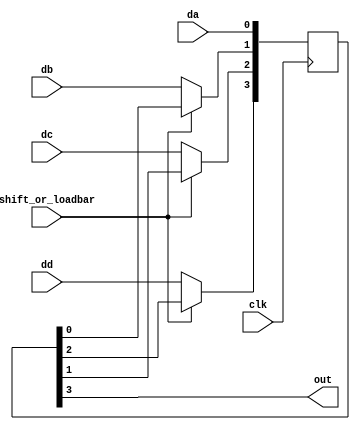
module parallel_in_serial_out(
    input clk,shift_or_loadbar, da,db,dc,dd,
    output out
    );
	 
	 reg [3:0] q;  
	 assign out= q[3];
	 
	 always @ (posedge clk)
	 
	 begin
	 if(shift_or_loadbar == 0)
	 begin
	 
	 q[0]<=da;
	    q[1]<=db;
		 q[2]<=dc;
		 q[3]<=dd;
		 
		 end
		 
	  else
      begin
	  q<= q>>1;
	     q[0]<=da;
		  q[1]<=q[0];
		  q[2]<=q[1];
		  q[3]<=q[2];
		  
		  end
	 end
endmodule